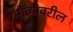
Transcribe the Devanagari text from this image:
मोत्यांवरील